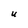
Character: U